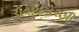
ડીવાયએસપી